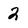
Character: 2